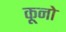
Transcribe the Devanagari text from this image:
कूनो